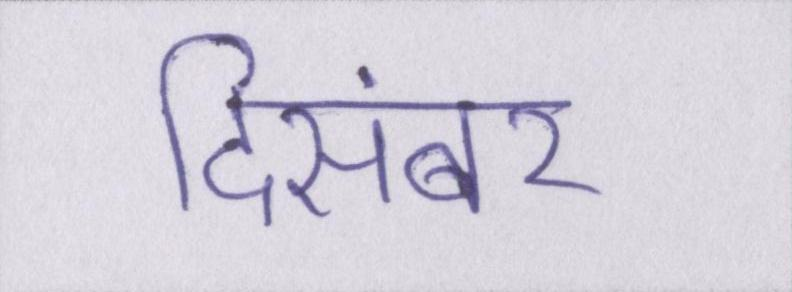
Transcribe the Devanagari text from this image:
दिसंबर